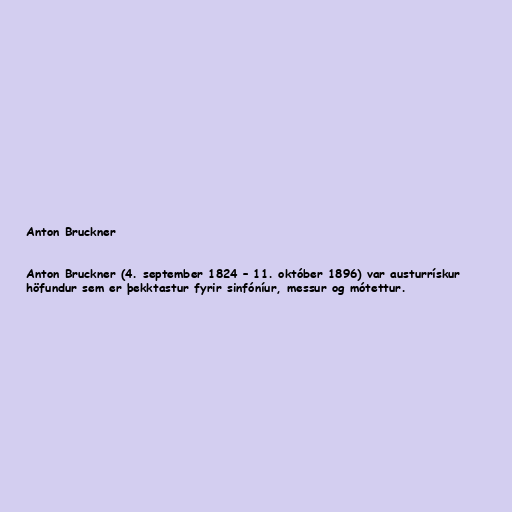
Anton Bruckner

Anton Bruckner (4. september 1824 – 11. október 1896) var austurrískur
höfundur sem er þekktastur fyrir sinfóníur, messur og mótettur.